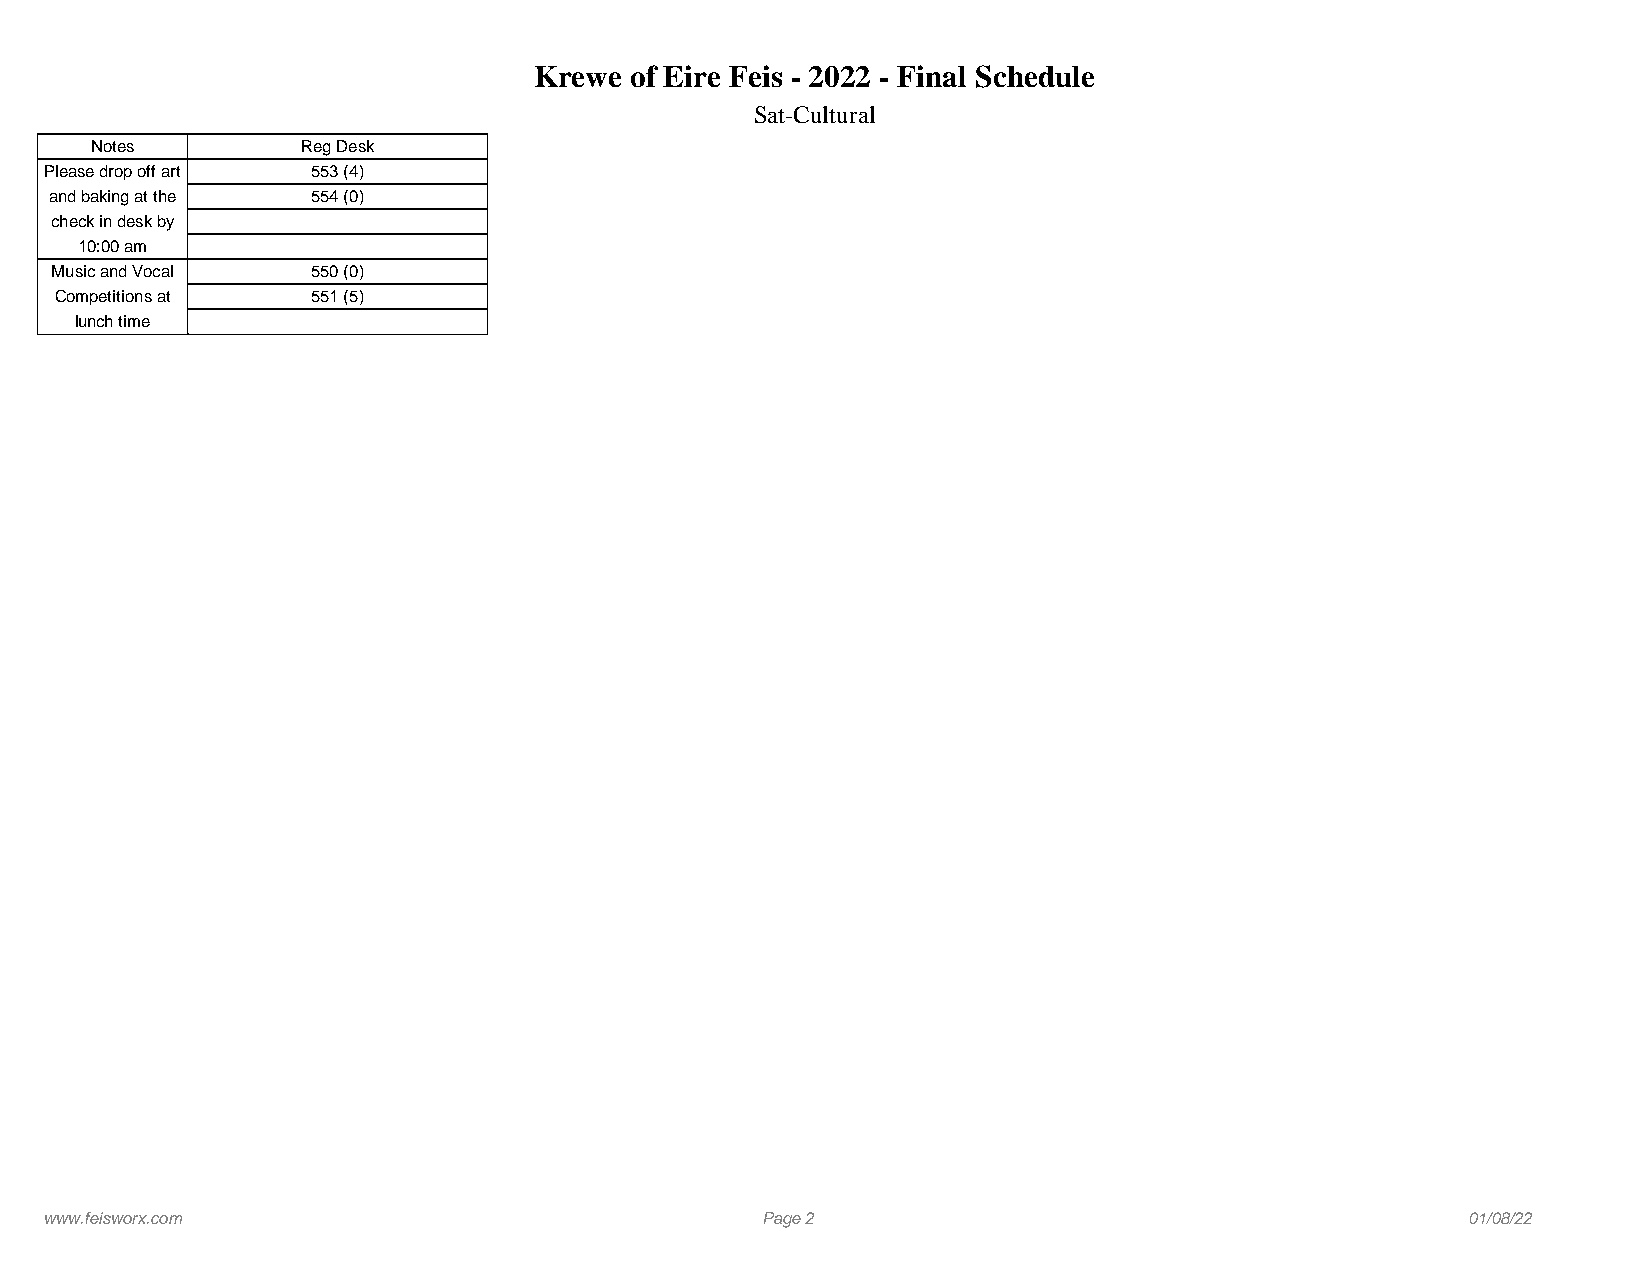
Krewe  of Eire Feis - 2022 - Final Schedule
 Sat-Cultural
 Notes         Reg Desk
 Please drop off art 553 (4)
 and baking at the 554 (0)
 check in desk by
 10:00 am
 Music and Vocal   550 (0)
 Competitions at  551 (5)
 lunch time
 www.feisworx.com                               Page 2                                         01/08/22